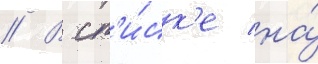
// В сп'и́ск'е на́